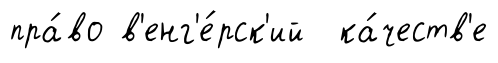
пра́во в'енг'е́рск'ий ка́честв'е